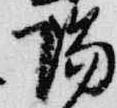
陽